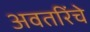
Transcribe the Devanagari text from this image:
अवतरिंचे